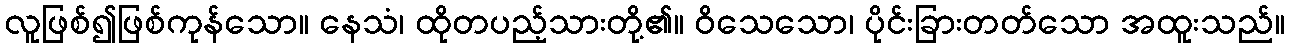
လူဖြစ်၍ဖြစ်ကုန်သော။ နေသံ၊ ထိုတပည့်သားတို့၏။ ဝိသေသော၊ ပိုင်းခြားတတ်သော အထူးသည်။